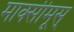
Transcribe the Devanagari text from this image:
माक्सीमूस्